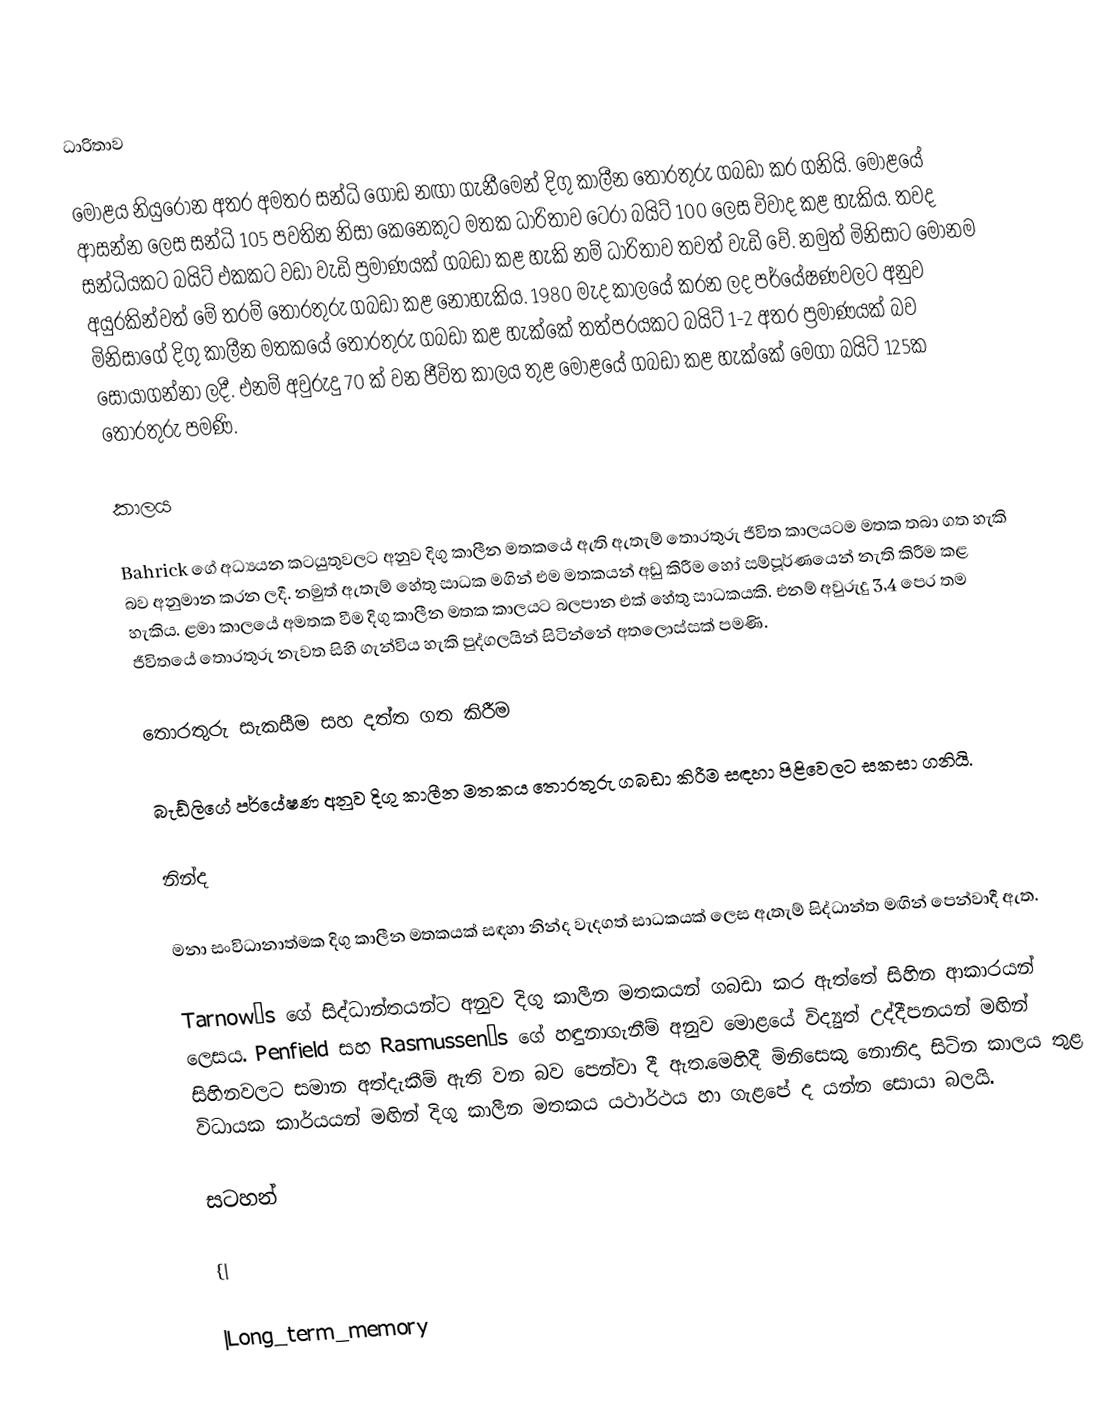
ධාරිතාව

මොළය නියුරෝන අතර අමතර සන්ධි ගොඩ නඟා ගැනීමෙන් දිගු කාලීන තොරතුරු ගබඩා කර ගනියි. මොළයේ ආසන්න ලෙස සන්ධි 105 පවතින නිසා කෙනෙකුට මතක ධාරිතාව ටෙරා බයිට් 100 ලෙස විවාද කළ හැකිය. තවද සන්ධියකට බයිට් එකකට වඩා වැඩි ප්‍රමාණයක් ගබඩා කළ හැකි නම් ධාරිතාව තවත් වැඩි වේ. නමුත් මිනිසාට මොනම අයුරකින්වත් මේ තරම් තොරතුරු ගබඩා කළ නොහැකිය. 1980 මැද කාලයේ කරන ලද පර්යේෂණවලට අනුව මිනිසාගේ දිගු කාලීන මතකයේ තොරතුරු ගබඩා කළ හැක්කේ තත්පරයකට බයිට් 1-2 අතර ප්‍රමාණයක් බව සොයාගන්නා ලදී. එනම් අවුරුදු 70 ක් වන ජීවිත කාලය තුළ මොළයේ ගබඩා කළ හැක්කේ මෙගා බයිට් 125ක තොරතුරු පමණි.

කාලය

Bahrick ගේ අධ්‍යයන කටයුතුවලට අනුව දිගු කාලීන මතකයේ ඇති ඇතැම් තොරතුරු ජීවිත කාලයටම මතක තබා ගත හැකි බව අනුමාන කරන ලදී. නමුත් ඇතැම් හේතු සාධක මගින් එම මතකයන් අඩු කිරීම හෝ සම්පූර්ණයෙන් නැති කිරීම කළ හැකිය. ළමා කාලයේ අමතක වීම දිගු කාලීන මතක කාලයට බලපාන එක් හේතු සාධකයකි. එනම් අවුරුදු 3,4 පෙර තම ජීවිතයේ තොරතුරු නැවත සිහි ගැන්විය හැකි පුද්ගලයින් සිටින්නේ අතලොස්සක් පමණි.

තොරතුරු සැකසීම සහ දත්ත ගත කිරීම

බැඩ්ලිගේ පර්යේෂණ අනුව දිගු කාලීන මතකය තොරතුරු ගබඩා කිරීම සඳහා පිළිවෙලට සකසා ගනියි.

නින්ද

මනා සංවිධානාත්මක දිගු කාලීන මතකයක් සඳහා නින්ද වැදගත් සාධකයක් ලෙස ඇතැම් සිද්ධාන්ත මඟින් පෙන්වාදී ඇත.

Tarnow’s ගේ සිද්ධාන්තයන්ට අනුව දිගු කාලීන මතකයන් ගබඩා කර ඇත්තේ සිහින ආකාරයන් ලෙසය. Penfield සහ Rasmussen’s ගේ හඳුනාගැනීම් අනුව මොළයේ විද්‍යුත් උද්දීපනයන් මඟින් සිහිනවලට සමාන අත්දැකීම් ඇති වන බව පෙන්වා දී ඇත.මෙහිදී මිනිසෙකු නොනිදා සිටින කාලය තුළ විධායක කාර්යයන් මඟින් දිගු කාලීන මතකය යථාර්ථය හා ගැළපේ ද යන්න සොයා බලයි.

සටහන්

{|

|Long_term_memory